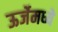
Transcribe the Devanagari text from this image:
ऊर्जेमध्ये